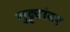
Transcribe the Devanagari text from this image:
सुट्ट्यांवर